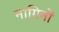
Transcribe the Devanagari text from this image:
नागिनों